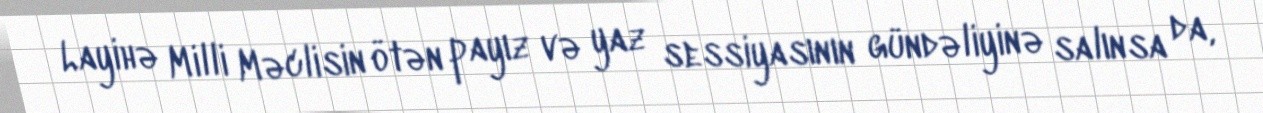
Layihə Milli Məclisin ötən payız və yaz sessiyasının gündəliyinə salınsa da,